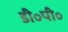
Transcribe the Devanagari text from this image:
डी॰पी॰